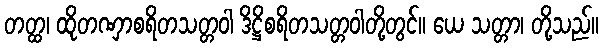
တတ္ထ၊ ထိုတဏှာစရိတသတ္တဝါ ဒိဋ္ဌိစရိတသတ္တဝါတို့တွင်။ ယေ သတ္တာ၊ တို့သည်။